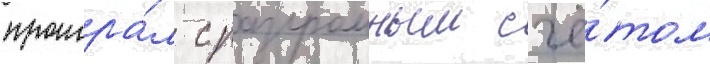
проигра́л с разгромным счё́том